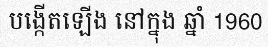
បង្កើតឡើង នៅក្នុង ឆ្នាំ 1960